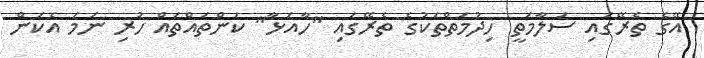
އޭގެ ތެރޭގައި ސަލާމަތީ ހިދުމަތްތަކުގެ ތެރޭގައި "ހާއަޅާ" ކަންތައްތައް ހުރި ނަމަ އެކަން